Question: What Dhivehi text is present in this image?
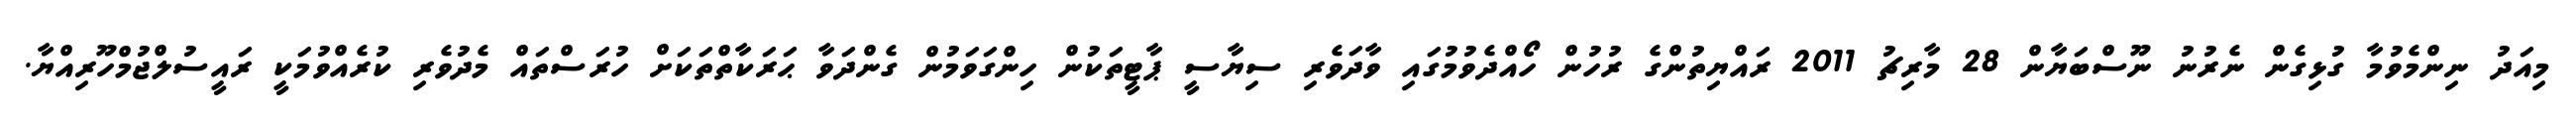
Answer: މިއަދު ނިންމެވުމާ ގުޅިގެން ނެރުނު ނޫސްބަޔާން 28 މާރިޗު 2011 ރައްޔިތުންގެ ރުހުން ހޯއްދެވުމުގައި ވާދަވެރި ސިޔާސީ ޕާޓީތަކުން ހިންގަވަމުން ގެންދަވާ ޙަރަކާތްތަކަށް ހުރަސްތައް މެދުވެރި ކުރެއްވުމަކީ ރައީސުލްޖުމްހޫރިއްޔާ.